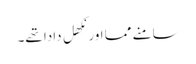
سامنے مما اور نِکھل دادا تھے۔